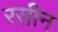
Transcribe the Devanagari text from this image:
रस़ीन